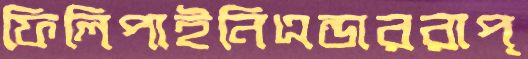
ফিলিপাইনিএন্ডাররাপ্